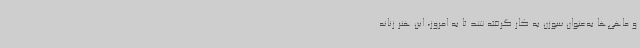
و ماهی‌ها به‌عنوان سوزن به کار گرفته شد تا به امروز، این هنر زنانه